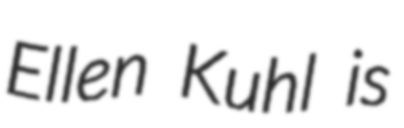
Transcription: Ellen Kuhl is